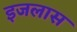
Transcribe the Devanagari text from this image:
इजलास